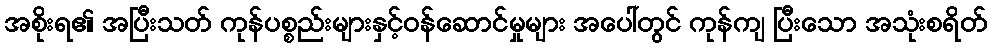
အစိုးရ၏ အပြီးသတ် ကုန်ပစ္စည်းများနှင့်ဝန်ဆောင်မှုများ အပေါ်တွင် ကုန်ကျ ပြီးသော အသုံးစရိတ်